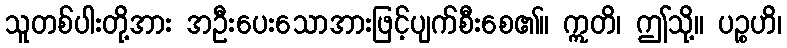
သူတစ်ပါးတို့အား အဦးပေးသောအားဖြင့်ပျက်စီးစေ၏။ ဣတိ၊ ဤသို့။ ပဉ္စဟိ၊